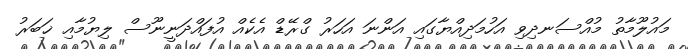
މައުލޫމާތު މުއްސަނދިވި އަހުމަދިއްޔާގައި އަންނަ އަހަރު ގްރޭޑް އެކެއް އުފައްދަނީނޫސް ލިޔުމާއި ޚަބަރު